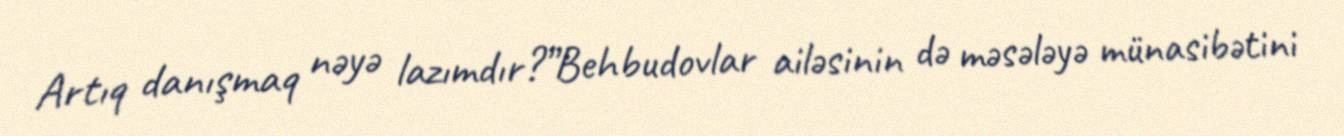
Artıq danışmaq nəyə lazımdır?”Behbudovlar ailəsinin də məsələyə münasibətini